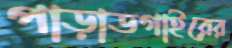
পাড়াডগাইরের